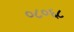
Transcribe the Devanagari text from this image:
०८०६८